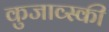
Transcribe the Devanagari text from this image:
कुजाव्स्की